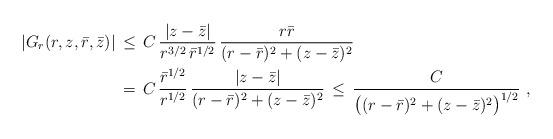
LaTeX: \begin{align*} |G_r(r,z,\bar r,\bar z)| \,&\le\, C\,\frac{|z-\bar z|}{r^{3/2} \,\bar r^{1/2}}\,\frac{r\bar r}{(r-\bar r)^2 + (z-\bar z)^2} \\ \,&=\, C\,\frac{\bar r^{1/2}}{r^{1/2}}\,\frac{|z-\bar z|}{(r-\bar r)^2 + (z-\bar z)^2} \,\le\, \frac{C}{\bigl((r-\bar r)^2 + (z-\bar z)^2 \bigr)^{1/2}}~,\end{align*}